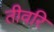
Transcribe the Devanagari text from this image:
तीवरि